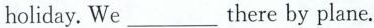
holiday. We___there by plane.